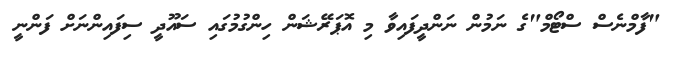
"ފާމްނެސް ސްޓޯމް"ގެ ނަމުން ނަންދީފައިވާ މި އޮޕަރޭޝަން ހިންގުމުގައި ސައޫދީ ސިފައިންނަށް ފަންނީ